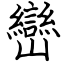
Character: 巒